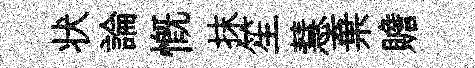
状論慨抹笙慧棄贍